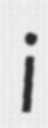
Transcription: i